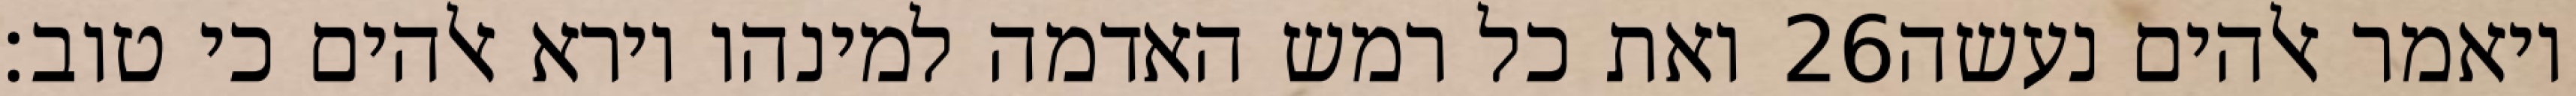
ואת כל רמש האדמה למינהו וירא אלהים כי טוב׃ ‎26‏ ויאמר אלהים נעשה